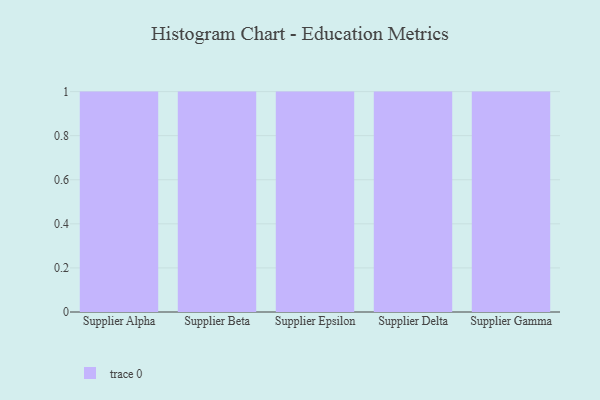
{"axis": {"x": "Supplier", "y": "Active Users"}, "legend": [""], "data": [{"x": "Supplier Alpha", "y": 73, "type": ""}, {"x": "Supplier Beta", "y": 44, "type": ""}, {"x": "Supplier Epsilon", "y": 19, "type": ""}, {"x": "Supplier Delta", "y": 75, "type": ""}, {"x": "Supplier Gamma", "y": 36, "type": ""}]}